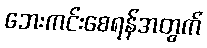
ဘေးကင်းစေရန်အတွက်